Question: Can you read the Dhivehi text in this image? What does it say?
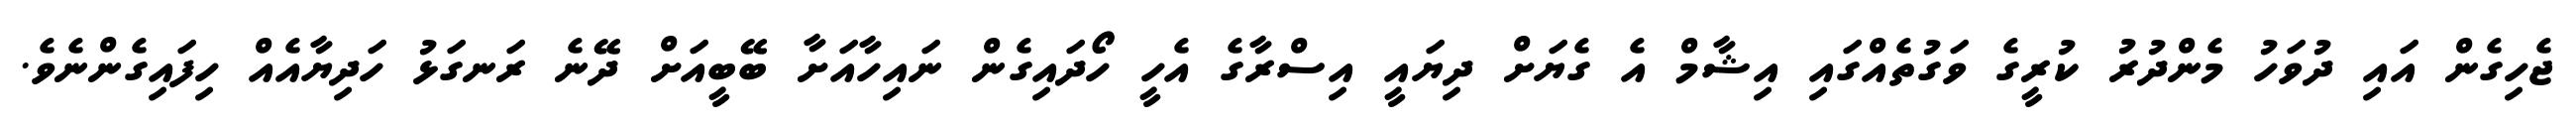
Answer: ޖެހިގެން އައި ދުވަހު މެންދުރު ކުރީގެ ވަގުތެއްގައި އިޝާމް އެ ގެޔަށް ދިޔައީ އިސްރާގެ އެހީ ހޯދައިގެން ނައިހާއަށާ ބޭބީއަށް ދޭނެ ރަނގަޅު ހަދިޔާއެއް ހިފައިގެންނެވެ.